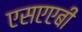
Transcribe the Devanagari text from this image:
एसएएबी